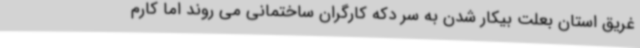
غریق استان بعلت بیکار شدن به سر دکه کارگران ساختمانی می روند اما کارم